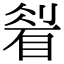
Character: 𥇮